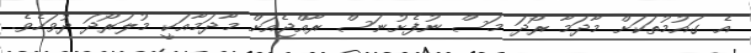
އެ ގައުމުތަކަށް މާދަމާ ރޯދަ މަސް ނުފެށުނަސް ރާއްޖެއަަށް މާދަމާއަކީ މުލަރޯދަ ދުވަހެވެ.